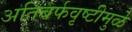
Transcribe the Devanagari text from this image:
अतिबर्फवृष्टीमुळे